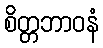
စိတ္တဘာဝနံ